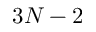
3 N - 2